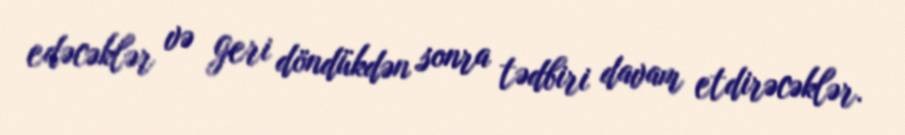
edəcəklər və geri döndükdən sonra tədbiri davam etdirəcəklər.